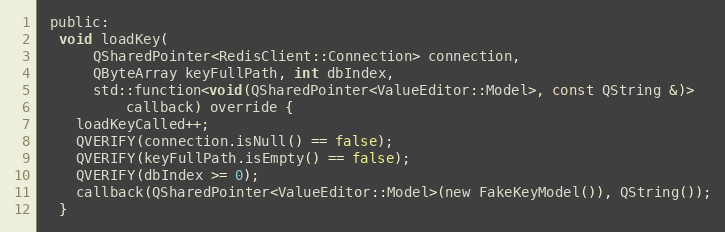
Language: C
 public:
  void loadKey(
      QSharedPointer<RedisClient::Connection> connection,
      QByteArray keyFullPath, int dbIndex,
      std::function<void(QSharedPointer<ValueEditor::Model>, const QString &)>
          callback) override {
    loadKeyCalled++;
    QVERIFY(connection.isNull() == false);
    QVERIFY(keyFullPath.isEmpty() == false);
    QVERIFY(dbIndex >= 0);
    callback(QSharedPointer<ValueEditor::Model>(new FakeKeyModel()), QString());
  }